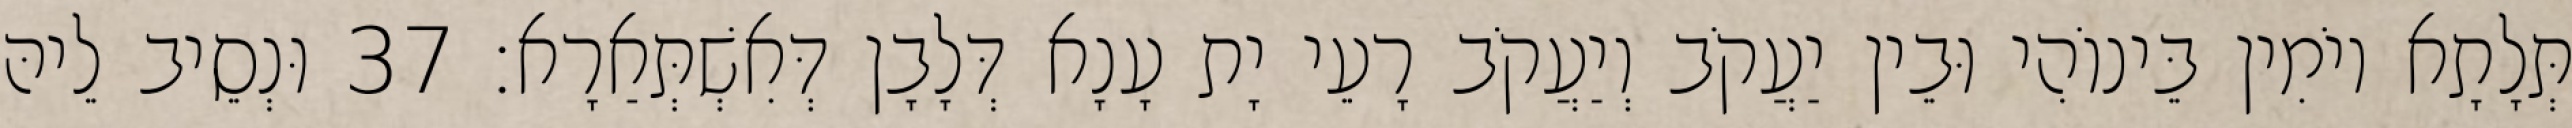
תְּלָתָא יוֹמִין בֵּינוֹהִי וּבֵין יַעֲקֹב וְיַעֲקֹב רָעֵי יָת עָנָא דְּלָבָן דְּאִשְׁתְּאַרָא׃ 37 וּנְסֵיב לֵיהּ